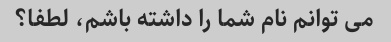
می توانم نام شما را داشته باشم، لطفا؟